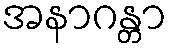
အနာဂန္တာ